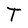
Character: T